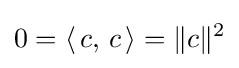
0=\langle \,c,\,c\,\rangle =\|c\|^{2}